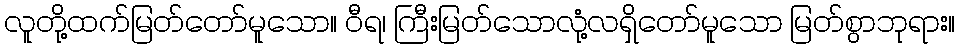
လူတို့ထက်မြတ်တော်မူသော။ ဝီရ၊ ကြီးမြတ်သောလုံ့လရှိတော်မူသော မြတ်စွာဘုရား။